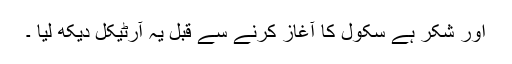
اور شکر ہے سکول کا آغاز کرنے سے قبل یہ آرٹیکل دیکھ لیا ۔